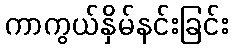
ကာကွယ်နှိမ်နင်းခြင်း